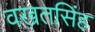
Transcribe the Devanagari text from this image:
वखतसिंह